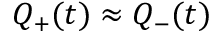
Q _ { + } ( t ) \approx Q _ { - } ( t )